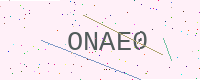
Text: ONAE0